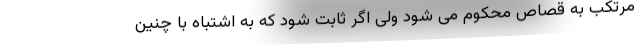
مرتکب به قصاص محکوم می شود ولی اگر ثابت شود که به اشتباه با چنین